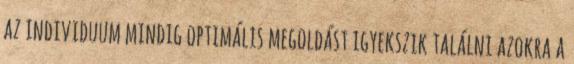
az individuum mindig optimális megoldást igyekszik találni azokra a